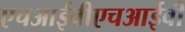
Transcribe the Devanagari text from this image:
एचआईवीएचआईवी